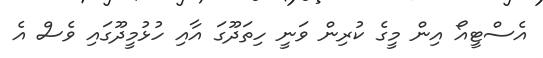
އެސްޓީއޯ އިން މީގެ ކުރިން ވަނީ ހިތަދޫގަ އާއި ހުޅުމީދޫގައި ވެސް އެ